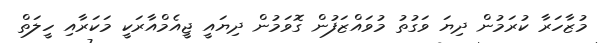
މުޒާހަރާ ކުރަމުން ދިޔަ ވަގުތު މުވައްޒަފުން ގޮވަމުން ދިޔައީ ޖީއެމްއާރަކީ މަކަރާއި ހީލަތް